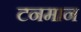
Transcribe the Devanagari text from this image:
टनमान